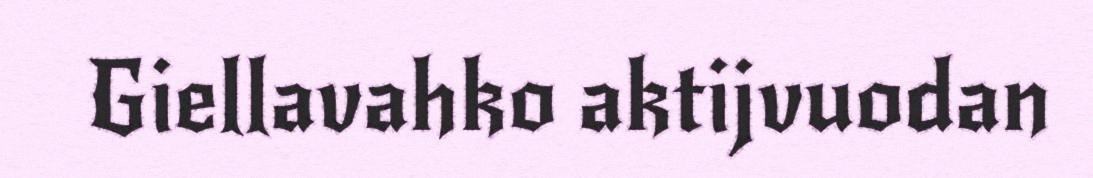
Giellavahko aktijvuodan